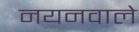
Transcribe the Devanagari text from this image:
नयनवाले